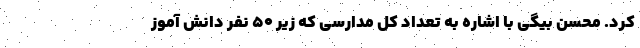
کرد. محسن بیگی با اشاره به تعداد کل مدارسی که زیر ۵۰ نفر دانش آموز